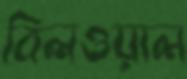
বিলওয়াল